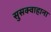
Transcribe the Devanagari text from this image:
सुसक्वाहाना